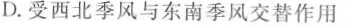
D.受西北季风与东南季风交替作用